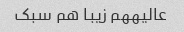
عالیههم زیبا هم سبک